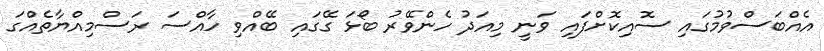
އެއްބަސްވުމުގައި ސޮއިކޮށްފައި ވަނީ މިއަދު ހެންވޭރު ބޯޅަ ގޭގައި ބޭއްވި ހާއްސަ ރަސްމިއްޔާތެއްގަ